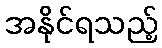
အနိုင်ရသည့်